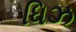
ધિઝ